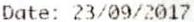
DATE: 23/09/2017